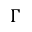
\Gamma